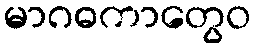
မာဂဓကာတွေဝ